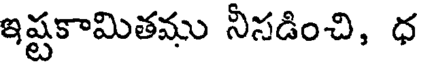
ఇష్టకామితము నీసడించి, ధ